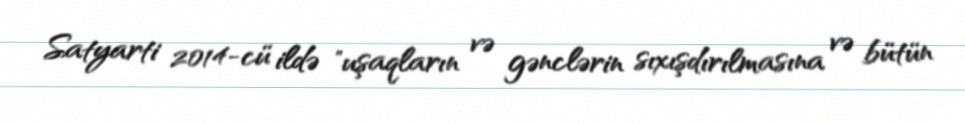
Satyarti 2014-cü ildə "uşaqların və gənclərin sıxışdırılmasına və bütün